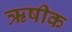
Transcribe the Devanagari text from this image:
ऋषीक